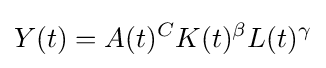
Y(t)=A(t)^{C}K(t)^{\beta }L(t)^{\gamma }